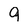
Character: 9